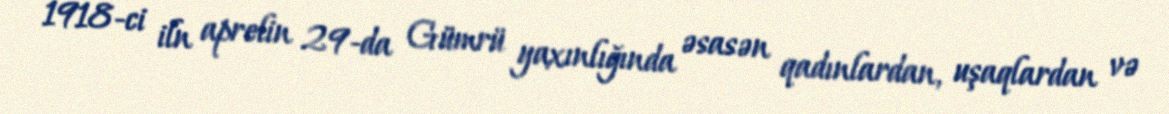
1918-ci iln aprelin 29-da Gümrü yaxınlığında əsasən qadınlardan, uşaqlardan və